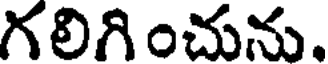
గలిగించును.